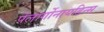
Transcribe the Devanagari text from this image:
पेलार्गोनायडिन्स